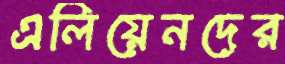
এলিয়েনদের